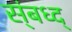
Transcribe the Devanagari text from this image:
स्ंबध्द्